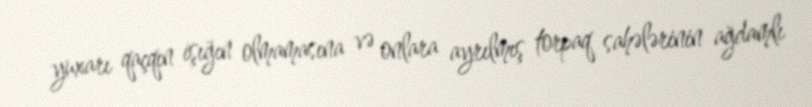
yuxarı qaçqın işığın olmamasına və onlara ayrılmış torpaq sahələrinin ağdamlı